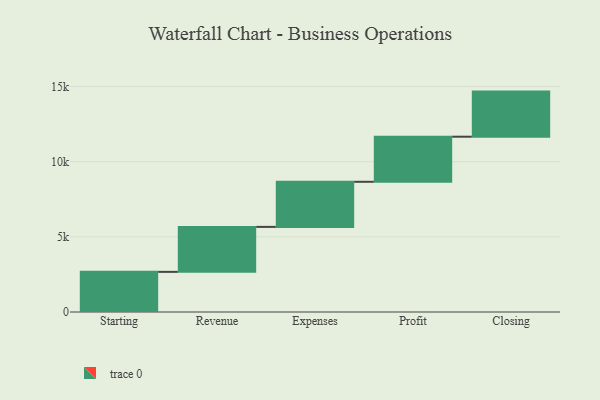
{"axis": {"x": "Step", "y": "Value"}, "legend": [""], "data": [{"x": "Starting", "y": 2670.0, "type": ""}, {"x": "Revenue", "y": 2992.0, "type": ""}, {"x": "Expenses", "y": 3000, "type": ""}, {"x": "Profit", "y": 3000, "type": ""}, {"x": "Closing", "y": 3000, "type": ""}]}